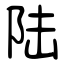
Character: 陆